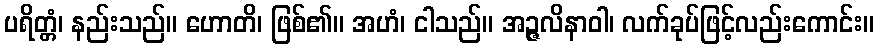
ပရိတ္တံ၊ နည်းသည်။ ဟောတိ၊ ဖြစ်၏။ အဟံ၊ ငါသည်။ အဉ္ဇလိနာဝါ၊ လက်ခုပ်ဖြင့်လည်းကောင်း။